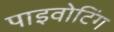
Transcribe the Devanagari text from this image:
पाइवोटिंग